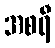
အစရီ